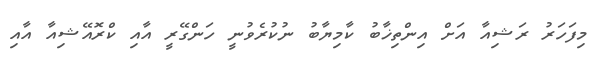
މިފަހަރު ރަޝިއާ އަށް އިންތިޚާބު ކާމިޔާބު ނުކުރެވުނީ ހަންގޭރީ އާއި ކްރޮއޭޝިއާ އާއި